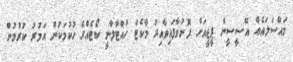
މައްސަލައެއް އޭސީސީން ޕީޖީއަށް ފޮނުވާފައިވާއިރު މާކެޓް ހުއްޓާލާނީ ކޯޓެއްގެ ހުކުމަކުން އަމުރު ކުރުމުން